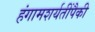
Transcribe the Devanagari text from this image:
हंगामशर्यतींपैकी